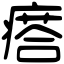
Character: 瘩